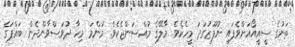
ތަނުގެ ސީއީއޯއަށްވެފައި ނުފޫޒުގަދަ މީހެކެވެ. މާލޭގެ މުއްސަންޖެކެވެ. މަންމަ މިހާ ދުވަސްވާންދެން ބައްޕަގެ